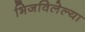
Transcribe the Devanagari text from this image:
भिजविलेल्या